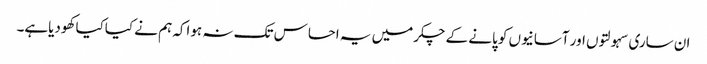
ان ساری سہولتوں اور آسانیوں کو پانے کے چکرمیں یہ احساس تک نہ ہواکہ ہم نے کیاکیا کھودیاہے۔